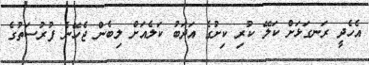
އެހެދީ ރަނގަޅަށް ކަލޭ ކުރި ކިށުގެ އަދަބު ކަލެއަށް ލިބެން ޖެހޭނެ ފުރުސަތުގެ